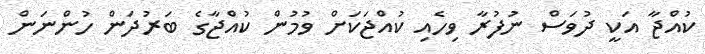
ކުއްޖާ އަކީ ދުވަސް ނުފުރާ ވިހެއި ކުއްޖަކަށް ވުމުން ކުއްޖާގެ ބަރުދަން ހުންނަން